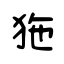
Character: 狏